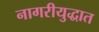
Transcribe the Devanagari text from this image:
नागरीयुद्धात